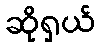
ဆိုရှယ်